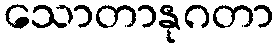
သောတာနုဂတာ